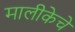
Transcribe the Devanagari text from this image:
मालीकेचे